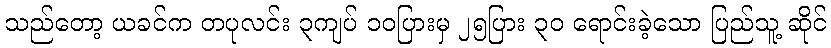
သည်တော့ ယခင်က တပုလင်း ၃ကျပ် ၁၀ပြားမှ ၂၅ပြား ၃၀ ရောင်းခဲ့သော ပြည်သူ့ ဆိုင်